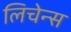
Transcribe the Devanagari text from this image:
लिचेन्स